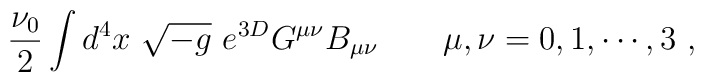
\frac{\nu_0}{2} \int d^4 x\ \sqrt{-g}\ e^{ 3D} G^{\mu\nu} B_{\mu\nu}{}~~~~~\ \mu, \nu = 0, 1, \cdots, 3\ ,